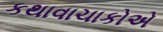
કથાવાચાકોએ